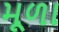
મૂળા